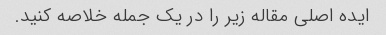
ایده اصلی مقاله زیر را در یک جمله خلاصه کنید.